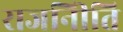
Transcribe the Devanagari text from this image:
राजनीिति